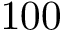
1 0 0